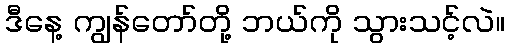
ဒီနေ့ ကျွန်တော်တို့ ဘယ်ကို သွားသင့်လဲ။